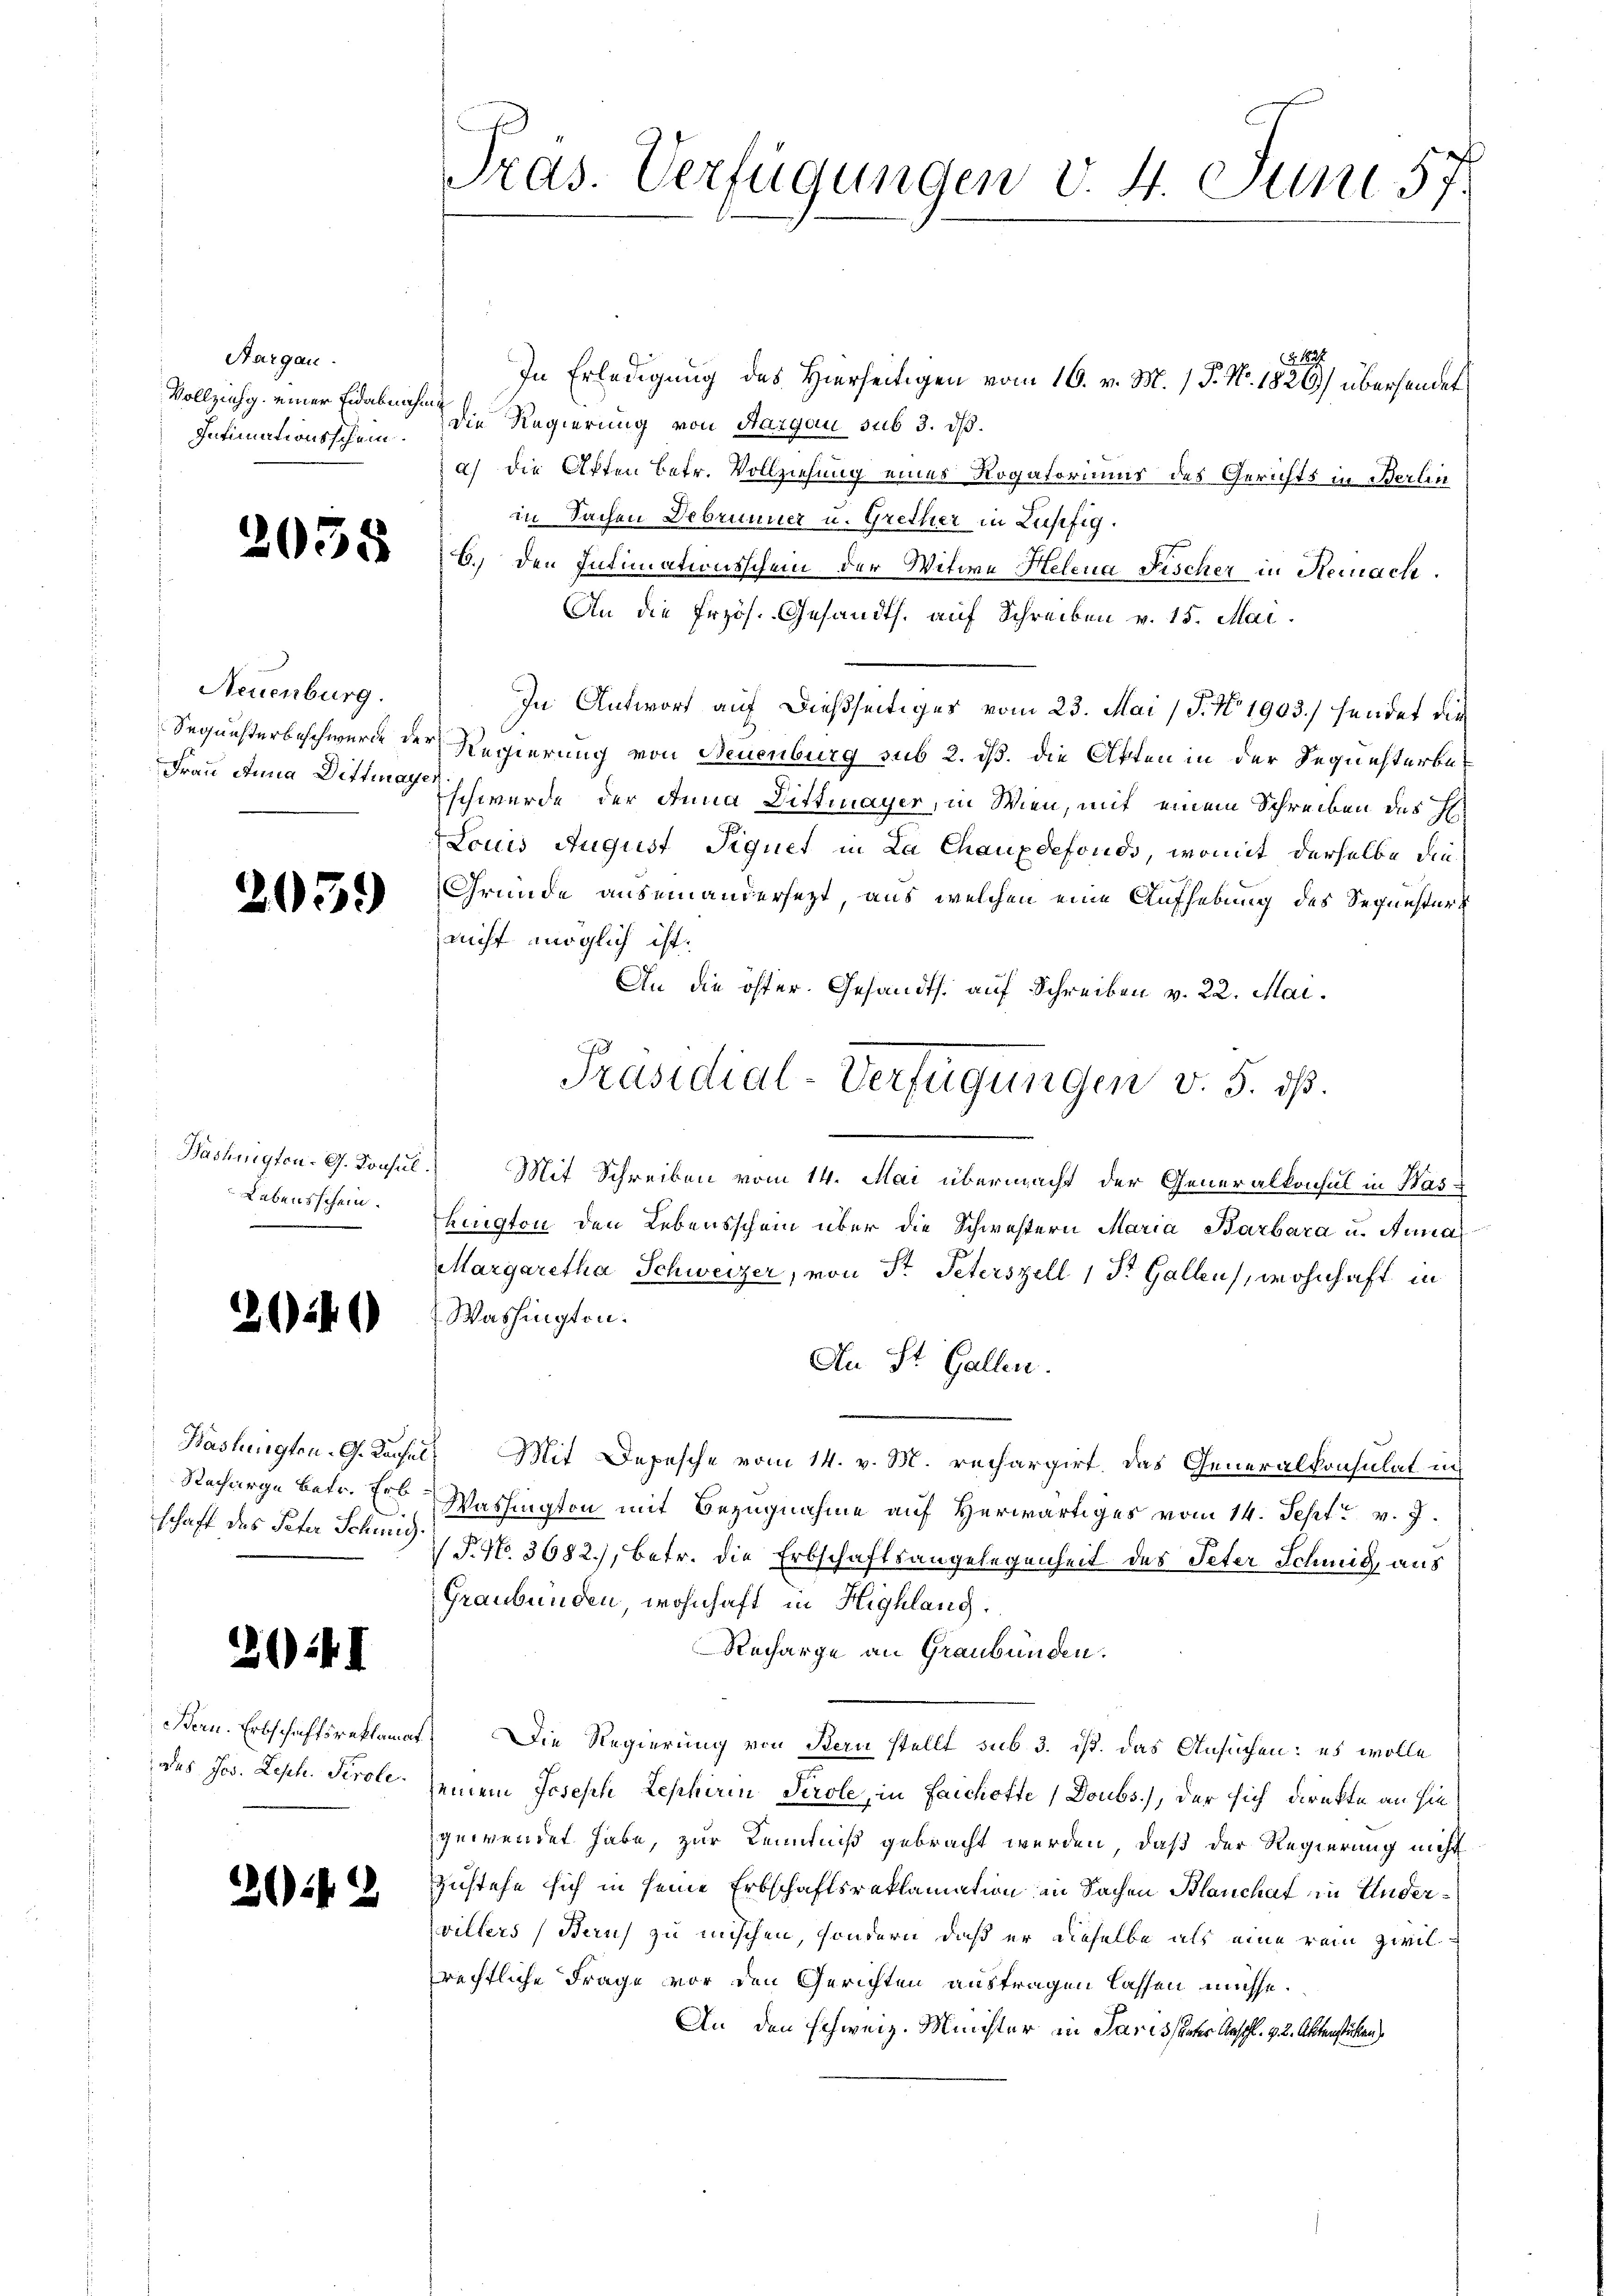
Aargau.
Vollziehg. einer Eidabnah¬
Intimationsschein.

.

.

1

.

.

055

2059

2

f

¬

24

Neuenburg.
Sequesterbeschwerde der
Frau Anna Dittmayr

Lebensschein.

Haslingten. G. Konsul
Racharge betr. Erb
schaft des Peter Schmid.

Bern. Erbschaftsreklami
des Jos. Leph. Perole.

Pras. Verfügungen v. 4. Juni 57.

§ 1897
In Erledigung des Hierseitigen vom 16. v. M. 1. P. No. 1820) übersendet
f
die Regierung von Aargau sub 3. ds.
a) die Akten betr. Vollziehung eines Rogatoriums des Gerichts in Berlin
in Sachen Debrunner u. Grether in Lupfig.
B. den Intimationsschein der Witwe Helena Fischer in Remache
An die frzös. Gesandts. auf Schreiben v. 15. Mai.
In Antwort auf dießseitiges vom 23. Mai 15. No 1903.) hendet die
Regierung von Neuenburg sub 2. dß. die Akten in der Sequesterbeschwerde der Anna Dittmayer, in Wien, mit einem Schreiben des H
Louis August Siquet in La Chauxdefonds, womit derselbe die¬
Gründe auseinandersezt, aus welchen eine Aufhebung des Sequesternicht möglich ist.
An die öfter. Gesandts. auf Schreiben v. 22. Mai.
Bashnigten. G. Konsul.) Mit Schreiben vom 14. Mai übermacht der Generalkonsul in Washington den Lebensschein über die Schwestern Maria Barbara u. Anna
Margaretha Schweizer, von Str. Peterszell 1 St. Gallen, wohnhaft in
Washingten.
An St. Gallen.
 Mit Depesche vom 14. v. M. rechargirt, das Generalkonsulat in
Washington mit Bezugnahme auf Herwärtiges vom 14. Sept. v. J.
 P. No. 3682), betr. die Erbschaftsangelegenheit des Peter Schmid, aus
Graubünden, wohnhaft in Highlang
Recharge an Graubünden.
Die Regierung von Bern stellt sub 3. ist. Das Ansuchen: es wolle
seinem Joseph Lepherin Tirole, in Laichotte (Doubs.), der sich direkte an sie
gewendet habe, zur Kenntniß gebracht werden, daß der Regierung nicht
zustehe sich in seine Erbschaftsreklamation in Sachen Blanchef in Andervillers (Beruf zu mischen, sondern daß er dieselbe als eine rein Zwilrechtliche Frage vor den Gerichten austragen lassen müsse.
An den schweiz. Minister in Parissanter Anschl. v. 2. Aktenstühlen

Präsidial-Verfügungen v. 5. ds.